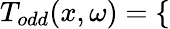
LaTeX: T_{odd}(x,\omega)=\left\{ \begin{array}{ll}\end{array}\right.